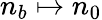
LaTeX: n_{b}\mapsto n_{0}